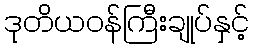
ဒုတိယဝန်ကြီးချုပ်နှင့်